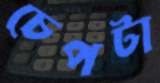
চেপটা